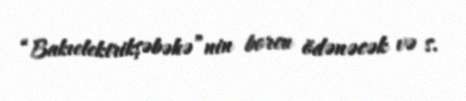
“Bakıelektrikşəbəkə”nin borcu ödənəcək və s.